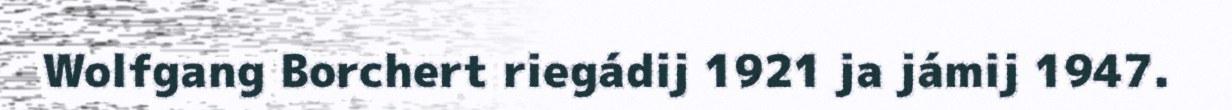
Wolfgang Borchert riegádij 1921 ja jámij 1947.